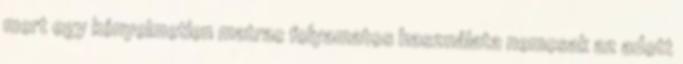
mert egy kényelmetlen matrac folyamatos használata nemcsak az adott